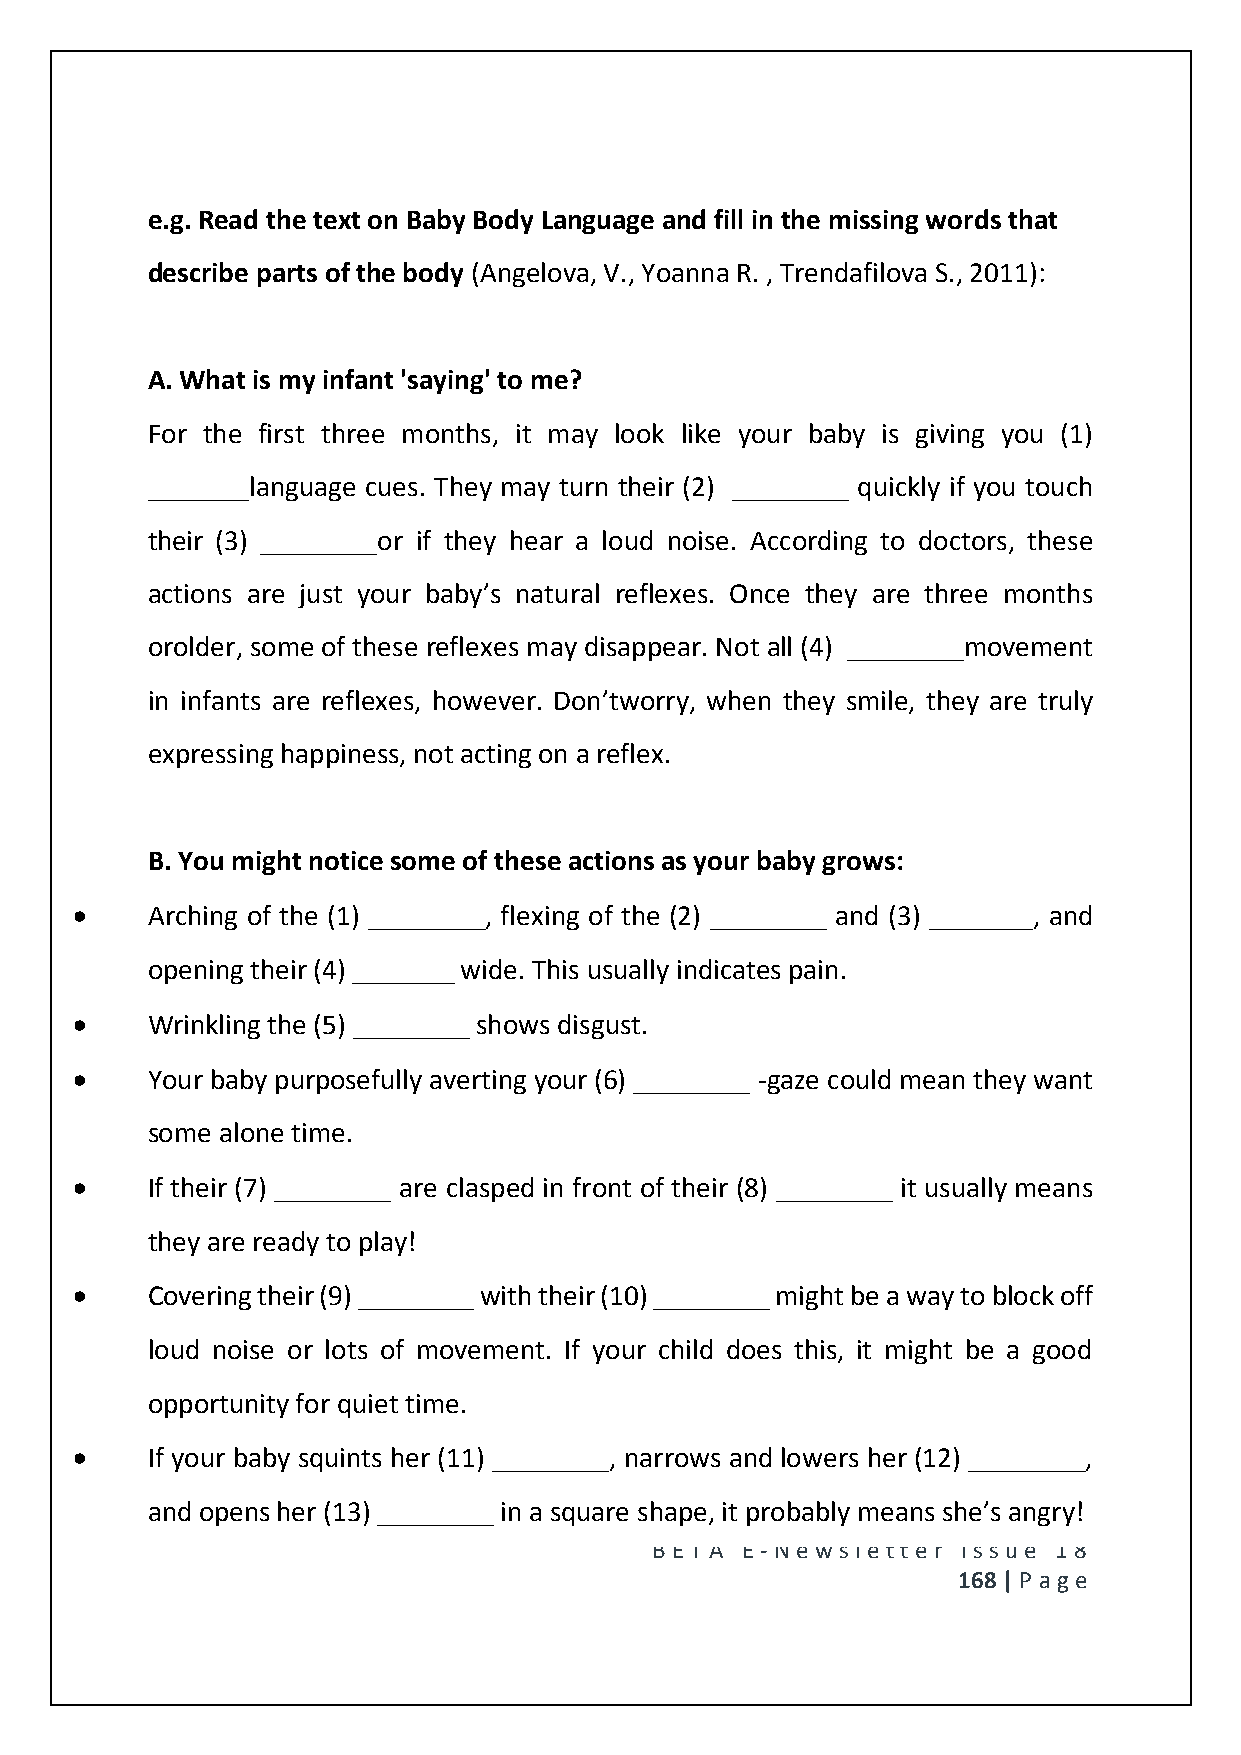
e.g. Read the text on Baby Body Language and fill in the missing words that
 describe parts of the body (Angelova, V., Yoanna R. , Trendafilova S., 2011):
 A. What is my infant 'saying' to me?
 For the first three months, it may look like your baby is giving you (1)
 _______language cues. They may turn their (2) ________ quickly if you touch
 their (3) ________or if they hear a loud noise. According to doctors, these
 actions are just your baby’s natural reflexes. Once they are three months
 orolder, some of these reflexes may disappear. Not all (4) ________movement
 in infants are reflexes, however. Don’tworry, when they smile, they are truly
 expressing happiness, not acting on a reflex.
 B. You might notice some of these actions as your baby grows:
     Arching of the (1) ________, flexing of the (2) ________ and (3) _______, and
 opening their (4) _______ wide. This usually indicates pain.
     Wrinkling the (5) ________ shows disgust.
     Your baby purposefully averting your (6) ________ -gaze could mean they want
 some alone time.
     If their (7) ________ are clasped in front of their (8) ________ it usually means
 they are ready to play!
     Covering their (9) ________ with their (10) ________ might be a way to block off
 loud noise or lots of movement. If your child does this, it might be a good
 opportunity for quiet time.
     If your baby squints her (11) ________, narrows and lowers her (12) ________,
 and opens her (13) ________ in a square shape, it probably means she’s angry!
 BE T A E -N e wsle tt e r Issue 18
 168 | P age